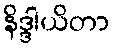
နိဒ္ဒါယိတာ